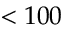
< 1 0 0